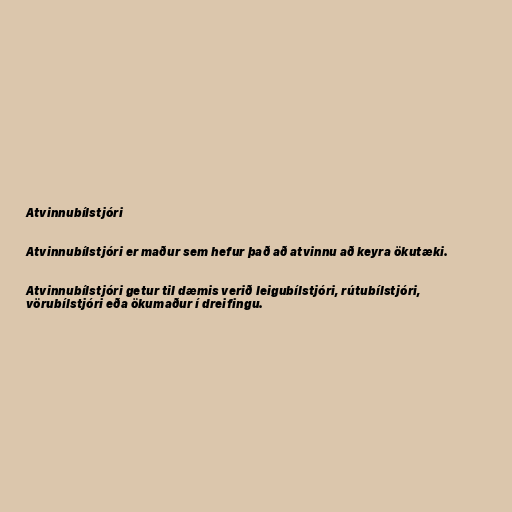
Atvinnubílstjóri

Atvinnubílstjóri er maður sem hefur það að atvinnu að keyra ökutæki.

Atvinnubílstjóri getur til dæmis verið leigubílstjóri, rútubílstjóri,
vörubílstjóri eða ökumaður í dreifingu.